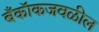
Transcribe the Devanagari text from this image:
बँकॉकजवळील